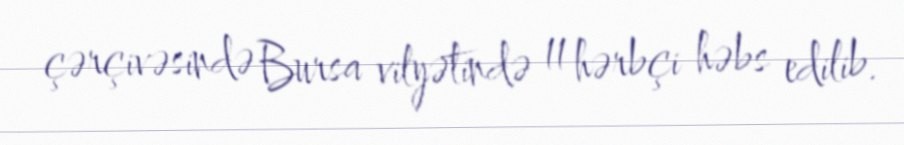
çərçivəsində Bursa vilyətində 11 hərbçi həbs edilib.